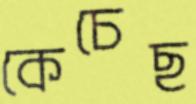
কেচেছ